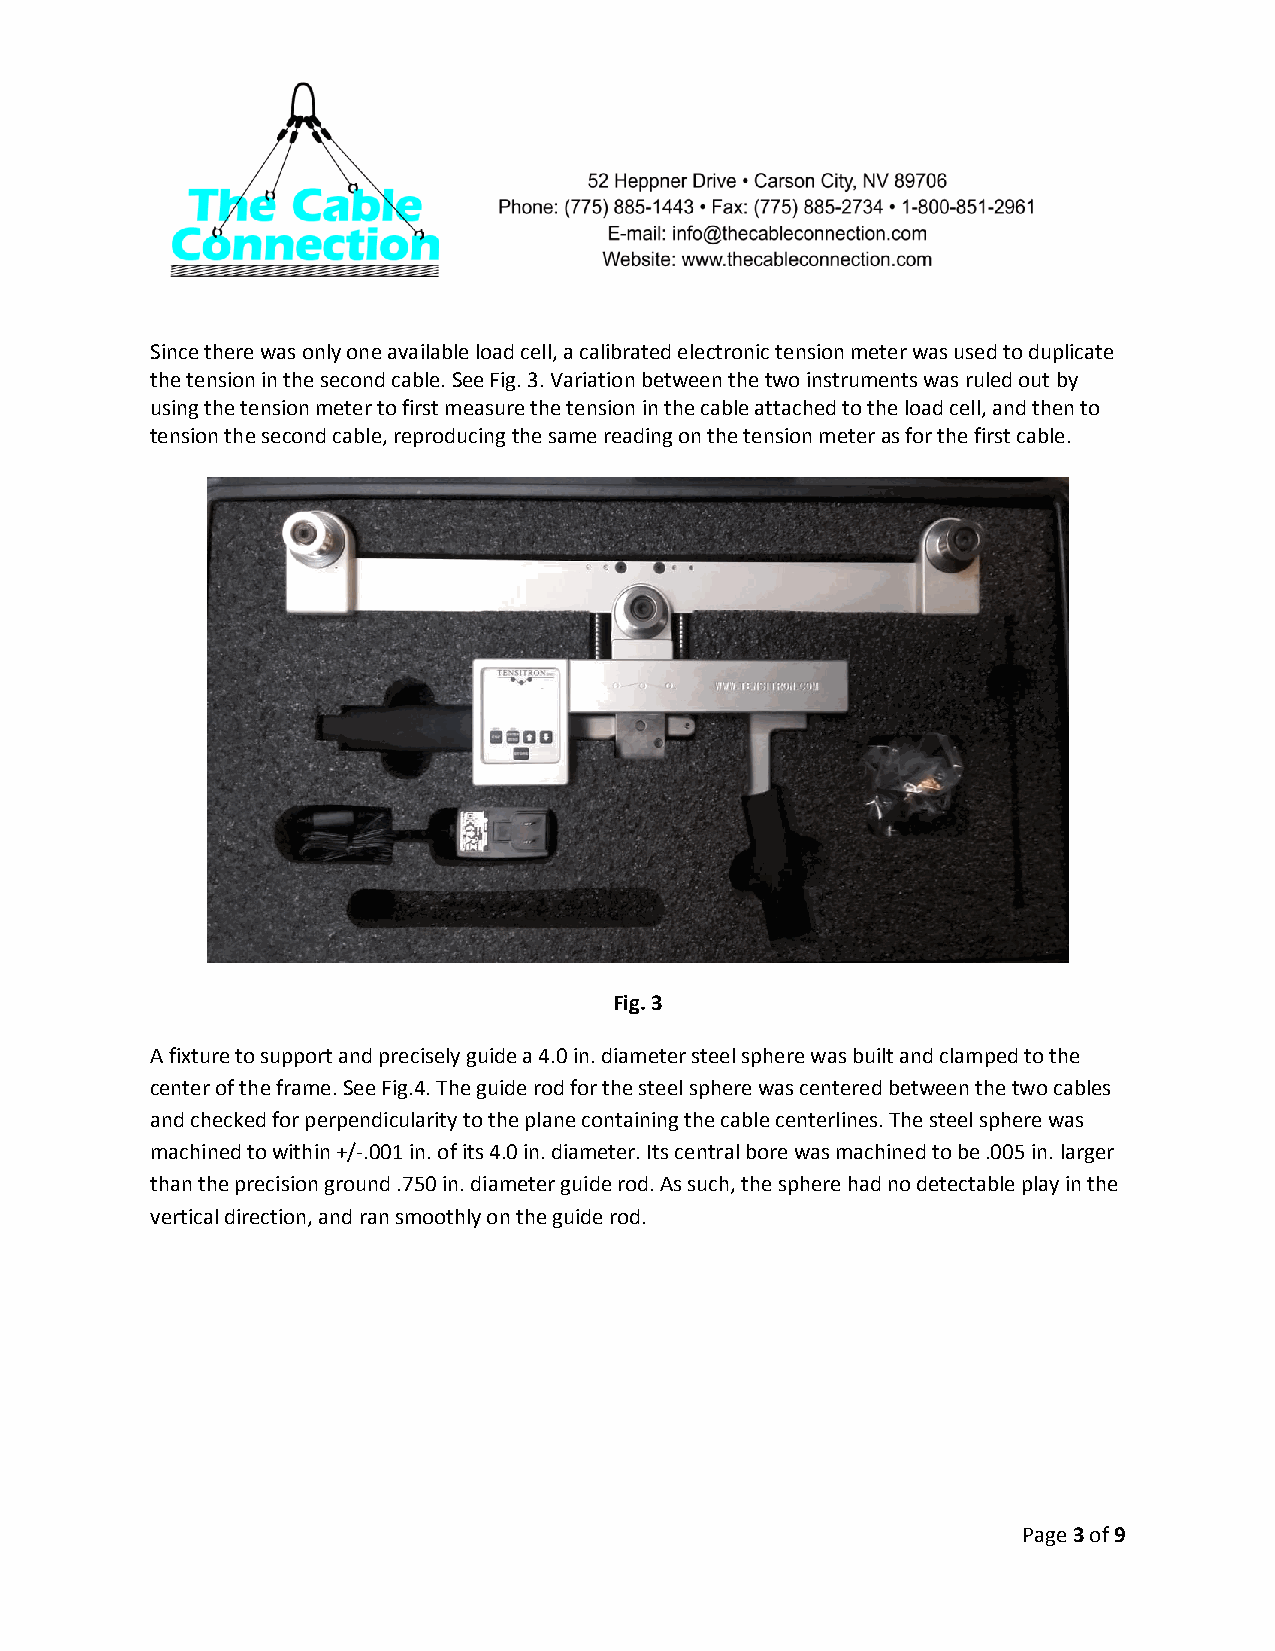
Since there was only one available load cell, a calibrated electronic tension meter was used to duplicate
 the tension in the second cable. See Fig. 3. Variation between the two instruments was ruled out by
 using the tension meter to first measure the tension in the cable attached to the load cell, and then to
 tension the second cable, reproducing the same reading on the tension meter as for the first cable.
 Fig. 3
 A fixture to support and precisely guide a 4.0 in. diameter steel sphere was built and clamped to the
 center of the frame. See Fig.4. The guide rod for the steel sphere was centered between the two cables
 and checked for perpendicularity to the plane containing the cable centerlines. The steel sphere was
 machined to within +/-.001 in. of its 4.0 in. diameter. Its central bore was machined to be .005 in. larger
 than the precision ground .750 in. diameter guide rod. As such, the sphere had no detectable play in the
 vertical direction, and ran smoothly on the guide rod.
 Page 3 of 9